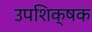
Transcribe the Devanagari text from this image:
उपशिक्षक